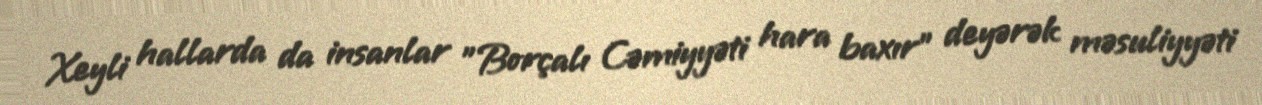
Xeyli hallarda da insanlar ”Borçalı Cəmiyyəti hara baxır" deyərək məsuliyyəti